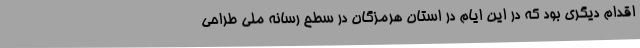
اقدام دیگری بود که در این ایام در استان هرمزگان در سطح رسانه ملی طراحی